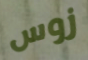
زوس